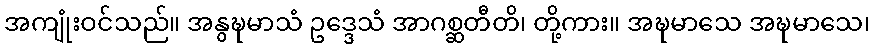
အကျုံးဝင်သည်။ အနွဍ္ဎမာသံ ဥဒ္ဒေသံ အာဂစ္ဆတီတိ၊ တို့ကား။ အဍ္ဎမာသေ အဍ္ဎမာသေ၊